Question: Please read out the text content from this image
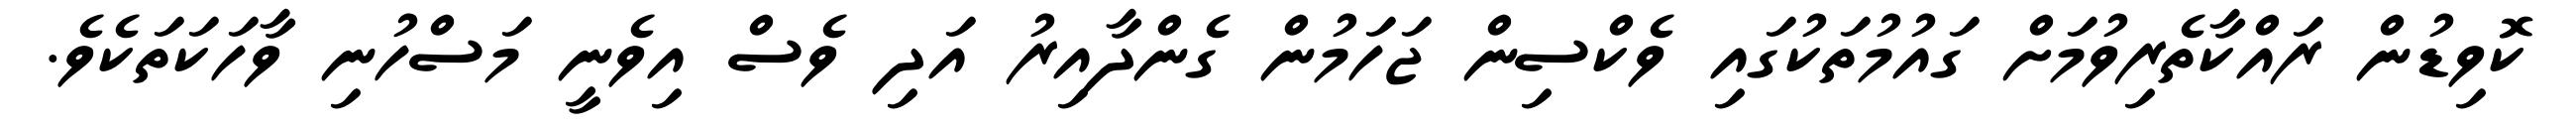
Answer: ކޮވިޑުން ރައްކާތެރިވުމަށް ގައުމުތަކުގައި ވެކްސިން ޖަހަމުން ގެންދާއިރު އަދި ވެސް އިވެނީ މަސްހުނި ވާހަކަތަކެވެ.